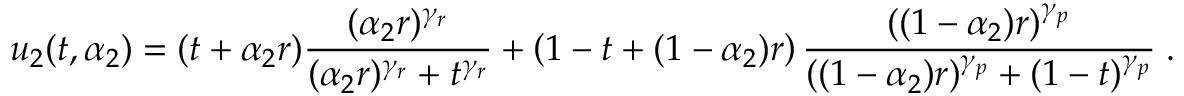
u _ { 2 } ( t , \alpha _ { 2 } ) = ( t + \alpha _ { 2 } r ) \frac { ( \alpha _ { 2 } r ) ^ { \gamma _ { r } } } { ( \alpha _ { 2 } r ) ^ { \gamma _ { r } } + t ^ { \gamma _ { r } } } + \left( 1 - t + ( 1 - \alpha _ { 2 } ) r \right) \frac { ( ( 1 - \alpha _ { 2 } ) r ) ^ { \gamma _ { p } } } { ( ( 1 - \alpha _ { 2 } ) r ) ^ { \gamma _ { p } } + ( 1 - t ) ^ { \gamma _ { p } } } \; .